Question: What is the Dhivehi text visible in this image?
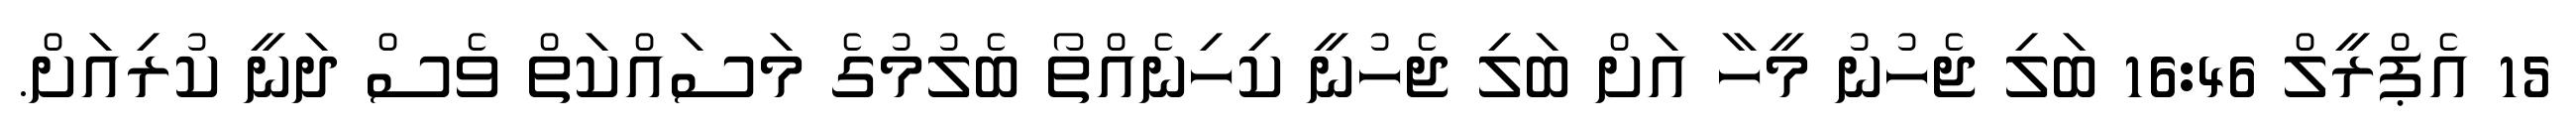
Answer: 15 އެޕްރީލް 16:46 ބަލި ޖެހުނު މީހާ އަށް ބަލި ޖެހުނީ ކިހިނެއްތޯ ބެލުމުގެ މަސައްކަތް ވެސް ދަނީ ކުރިއަށް.